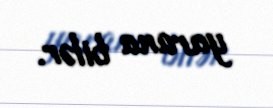
yarana bilər.